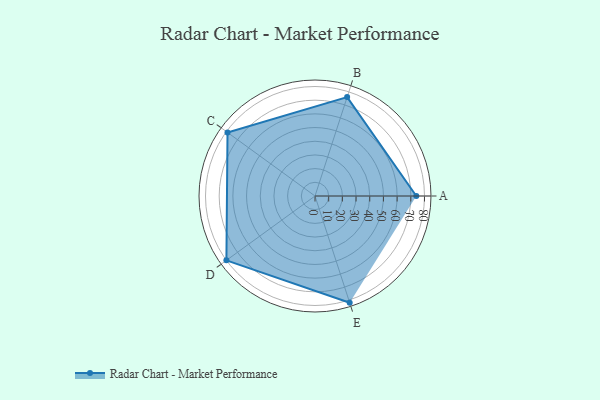
{"axis": {"x": "Skill", "y": "Score"}, "legend": ["Profile"], "data": [{"x": "A", "y": 74.0, "type": "Profile"}, {"x": "B", "y": 76.0, "type": "Profile"}, {"x": "C", "y": 79.0, "type": "Profile"}, {"x": "D", "y": 80.0, "type": "Profile"}, {"x": "E", "y": 82.0, "type": "Profile"}]}